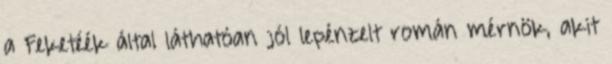
a Feketéék által láthatóan jól lepénzelt román mérnök, akit